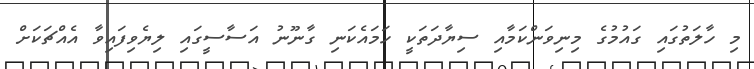
މި ހާލަތުގައި ގައުމުގެ މިނިވަންކަމާއި ސިޔާދަތަކީ ހަމައެކަނި ގާނޫނު އަސާސީގައި ލިޔެވިފައިވާ އެއްޗަކަށް